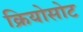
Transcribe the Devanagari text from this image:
क्रियोसोट